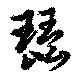
琵